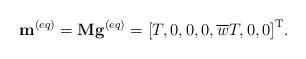
LaTeX: \begin{align*}{{{\bf{ m}}}^{\left( {eq} \right)}} = {\bf{M}}{{\bf{g}}^{\left( {eq} \right)}} = {\left[ {T,0,0,0,\overline w T,0,0} \right]^{\rm T}}. \end{align*}